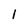
Character: 1